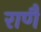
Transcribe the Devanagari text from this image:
राणै